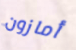
أمازون